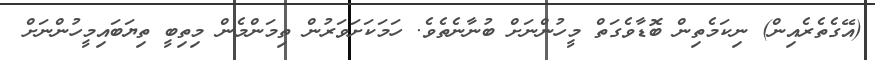
(އޭގެތެރެއިން) ނިކަމެތިން ބޮޑާވެގަތް މީހުންނަށް ބުނާނެތެވެ. ހަމަކަށަވަރުން ތިމަންމެން މިތިބީ ތިޔަބައިމީހުންނަށް